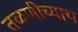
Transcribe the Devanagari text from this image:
तळणीच्याच